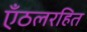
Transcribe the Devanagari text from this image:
एँठलरहित